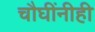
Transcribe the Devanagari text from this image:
चौघींनीही